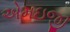
એમઇજી